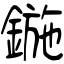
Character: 鍦